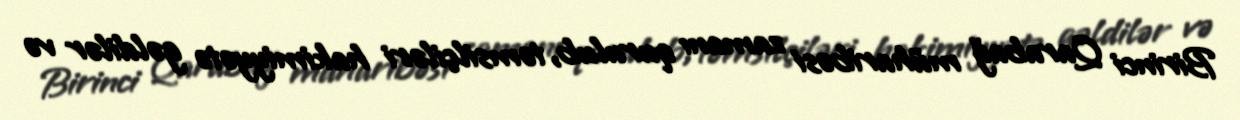
Birinci Qarabağ müharibəsi zamanı qurulub, təmsilçiləri hakimiyyətə gəldilər və